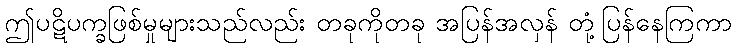
ဤပဋိပက္ခဖြစ်မှုများသည်လည်း တခုကိုတခု အပြန်အလှန် တုံ့ပြန်နေကြကာ